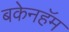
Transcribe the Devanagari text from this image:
बकेनहॅम